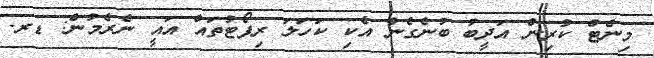
މިނެޓް ކުރިން އަދީބު ބުނެގެން އެކި ކަހަލަ ރިޕޯޓުތައް އައީ ނެރެމުން: ޑރ.